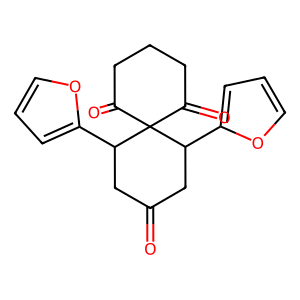
SMILES: O=C1CC(c2ccco2)C2(C(=O)CCCC2=O)C(c2ccco2)C1
Inhibits HIV replication: No